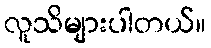
လူသိများပါတယ်။